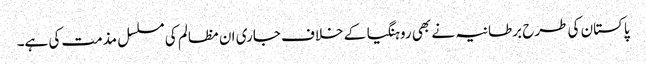
پاکستان کی طرح برطانیہ نے بھی روہنگیا کے خلاف جاری ان مظالم کی مسلسل مذمت کی ہے۔